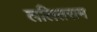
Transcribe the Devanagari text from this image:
ललितराम